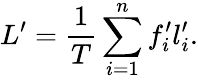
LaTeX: L^{\prime}=\frac{1}{T}\sum_{i=1}^{n}f_{i}^{\prime}l_{i}^{\prime}.